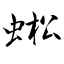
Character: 蜙